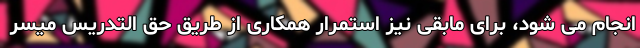
انجام می شود، برای مابقی نیز استمرار همکاری از طریق حق التدریس میسر